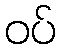
ဝပ်